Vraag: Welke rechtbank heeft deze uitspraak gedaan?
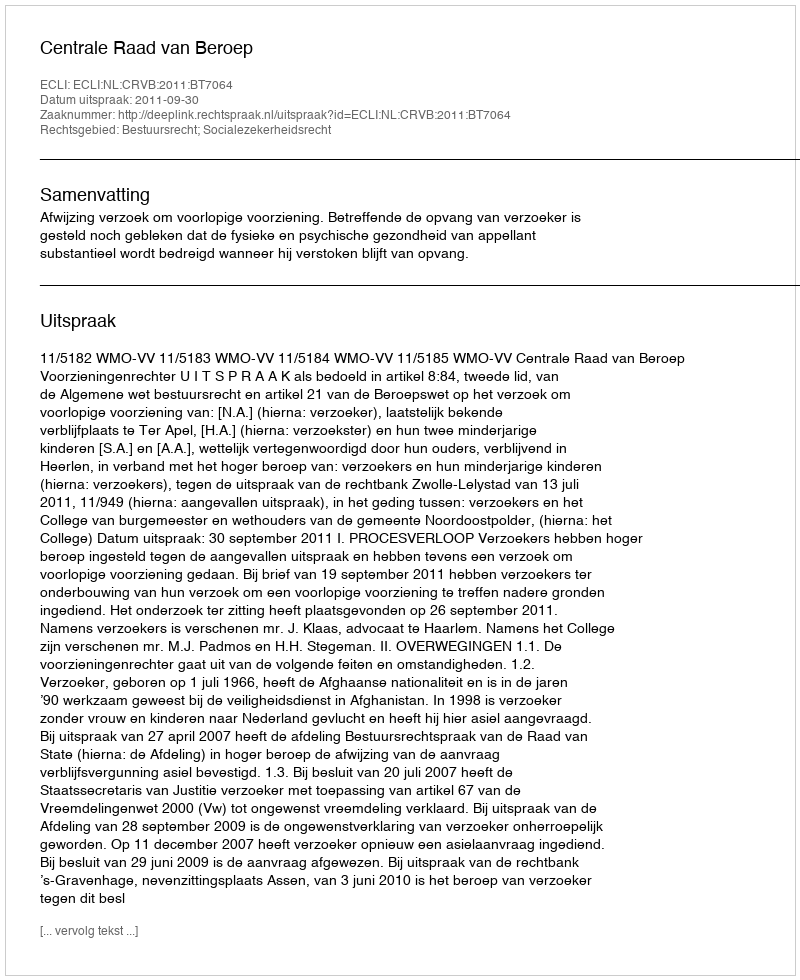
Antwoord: Centrale Raad van Beroep